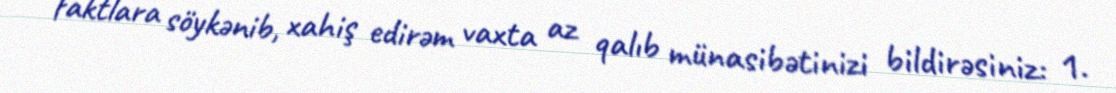
faktlara söykənib, xahiş edirəm vaxta az qalıb münasibətinizi bildirəsiniz: 1.